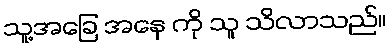
သူ့အခြေ အနေ ကို သူ သိလာသည်။